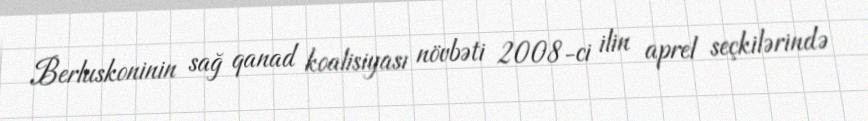
Berluskoninin sağ qanad koalisiyası növbəti 2008-ci ilin aprel seçkilərində